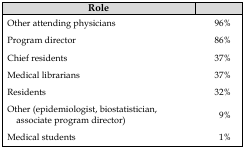
<table><thead><tr><td><b>Role</b></td><td></td></tr></thead><tbody><tr><td>Other attending physicians</td><td>96%</td></tr><tr><td>Program director</td><td>86%</td></tr><tr><td>Chief residents</td><td>37%</td></tr><tr><td>Medical librarians</td><td>37%</td></tr><tr><td>Residents</td><td>32%</td></tr><tr><td>Other (epidemiologist, biostatistician, associate program director)</td><td>9%</td></tr><tr><td>Medical students</td><td>1%</td></tr></tbody></table>